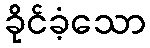
ခိုင်ခံ့သော